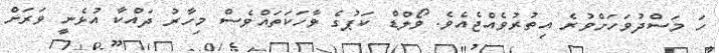
ހަ މަސްދުވަހަށްވުރެ އިތުރުވެއްޖެއެވެ. ވޯލްޑް ކަޕުގެ ވާހަކަތައްވެސް މިހާރު ދައްކާ އުޅެނީ ވަރަށް